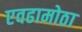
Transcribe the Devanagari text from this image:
एवढामोठा